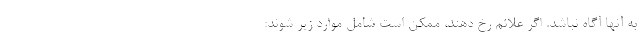
به آنها آگاه نباشد. اگر علائم رخ دهند، ممکن است شامل موارد زیر شوند: